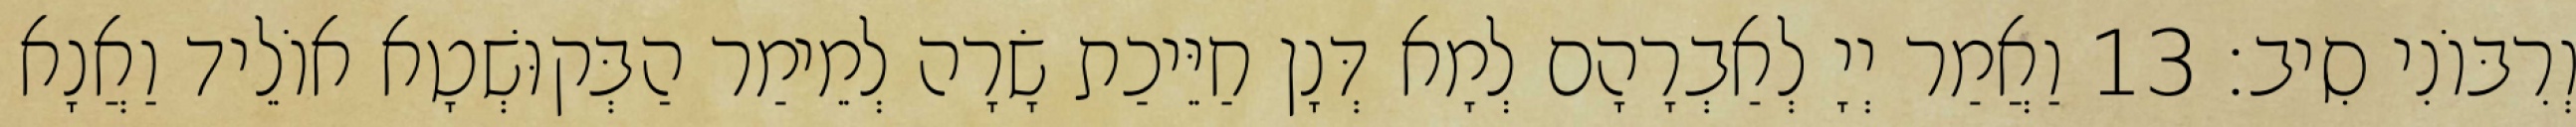
וְרִבּוֹנִי סִיב׃ 13 וַאֲמַר יְיָ לְאַבְרָהָם לְמָא דְּנָן חַיֵּיכַת שָׂרָה לְמֵימַר הַבְּקוּשְׁטָא אוֹלֵיד וַאֲנָא